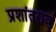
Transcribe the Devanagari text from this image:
प्रशांतराव